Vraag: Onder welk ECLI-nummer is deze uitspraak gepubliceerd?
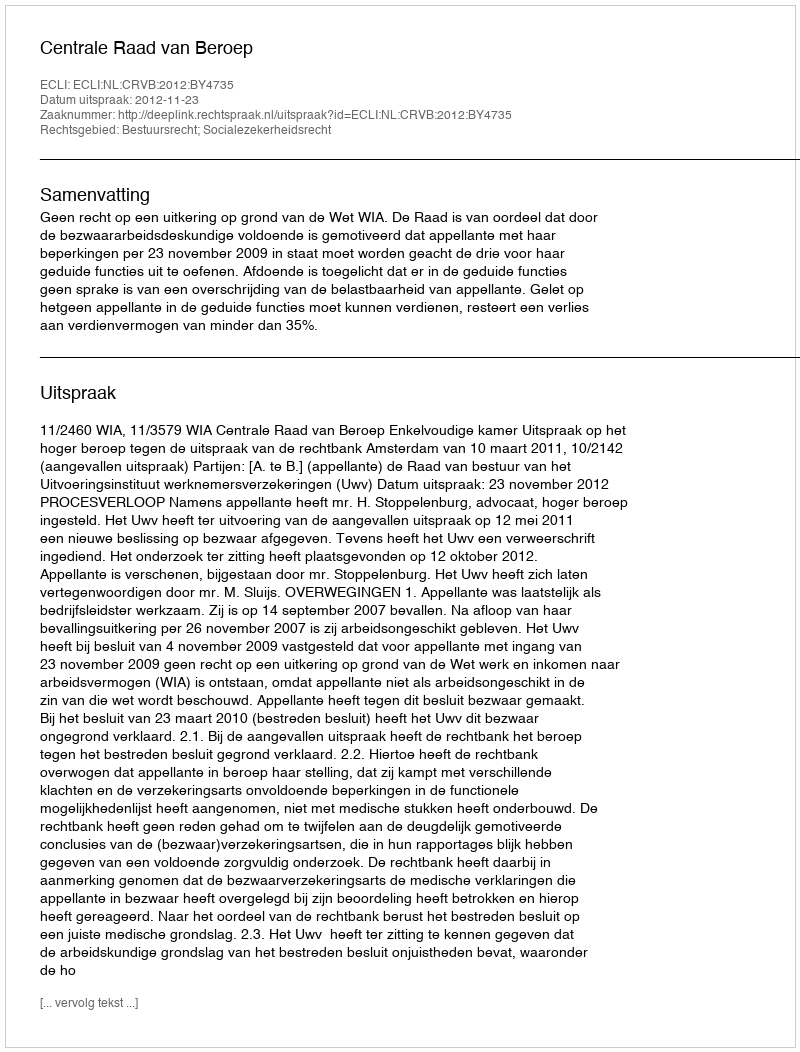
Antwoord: ECLI:NL:CRVB:2012:BY4735